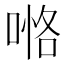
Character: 𠸧